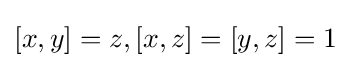
[x,y]=z,[x,z]=[y,z]=1